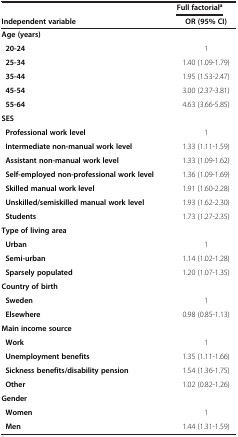
<table><thead><tr><td><b> </b></td><td><b> </b></td><td><b>Full factorial<sup>a</sup></b></td><td><b> </b></td></tr><tr><td><b>Independent variable</b></td><td><b> </b></td><td colspan="2"><b>OR (95% CI)</b></td></tr></thead><tbody><tr><td><b>Age (years)</b></td><td> </td><td colspan="2"> </td></tr><tr><td><b> 20-24</b></td><td> </td><td colspan="2">1</td></tr><tr><td><b> 25-34</b></td><td> </td><td colspan="2">1.40 (1.09-1.79)</td></tr><tr><td><b> 35-44</b></td><td> </td><td colspan="2">1.95 (1.53-2.47)</td></tr><tr><td><b> 45-54</b></td><td> </td><td colspan="2">3.00 (2.37-3.81)</td></tr><tr><td><b> 55-64</b></td><td> </td><td colspan="2">4.63 (3.66-5.85)</td></tr><tr><td><b>SES</b></td><td> </td><td colspan="2"> </td></tr><tr><td><b> Professional work level</b></td><td> </td><td colspan="2">1</td></tr><tr><td><b> Intermediate non-manual work level</b></td><td> </td><td colspan="2">1.33 (1.11-1.59)</td></tr><tr><td><b> Assistant non-manual work level</b></td><td> </td><td colspan="2">1.33 (1.09-1.62)</td></tr><tr><td><b> Self-employed non-professional work level</b></td><td> </td><td colspan="2">1.36 (1.09-1.69)</td></tr><tr><td><b> Skilled manual work level</b></td><td> </td><td colspan="2">1.91 (1.60-2.28)</td></tr><tr><td><b> Unskilled/semiskilled manual work level</b></td><td> </td><td colspan="2">1.93 (1.62-2.30)</td></tr><tr><td><b> Students</b></td><td> </td><td colspan="2">1.73 (1.27-2.35)</td></tr><tr><td><b>Type of living area</b></td><td> </td><td colspan="2"> </td></tr><tr><td><b> Urban</b></td><td> </td><td colspan="2">1</td></tr><tr><td><b> Semi-urban</b></td><td> </td><td colspan="2">1.14 (1.02-1.28)</td></tr><tr><td><b> Sparsely populated</b></td><td> </td><td colspan="2">1.20 (1.07-1.35)</td></tr><tr><td><b>Country of birth</b></td><td> </td><td colspan="2"> </td></tr><tr><td><b> Sweden</b></td><td> </td><td colspan="2">1</td></tr><tr><td><b> Elsewhere</b></td><td> </td><td colspan="2">0.98 (0.85-1.13)</td></tr><tr><td><b>Main income source</b></td><td> </td><td colspan="2"> </td></tr><tr><td><b> Work</b></td><td> </td><td colspan="2">1</td></tr><tr><td><b> Unemployment benefits</b></td><td> </td><td colspan="2">1.35 (1.11-1.66)</td></tr><tr><td colspan="2"><b> Sickness benefits/disability pension</b></td><td colspan="2">1.54 (1.36-1.75)</td></tr><tr><td><b> Other</b></td><td> </td><td colspan="2">1.02 (0.82-1.26)</td></tr><tr><td><b>Gender</b></td><td> </td><td colspan="2"> </td></tr><tr><td><b> Women</b></td><td> </td><td colspan="2">1</td></tr><tr><td><b> Men</b></td><td> </td><td colspan="2">1.44 (1.31-1.59)</td></tr></tbody></table>